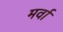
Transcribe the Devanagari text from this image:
मर्वा